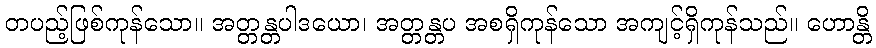
တပည့်ဖြစ်ကုန်သော။ အတ္တန္တပါဒယော၊ အတ္တန္တပ အစရှိကုန်သော အကျင့်ရှိကုန်သည်။ ဟောန္တိ